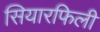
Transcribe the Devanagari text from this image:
सियारफिली